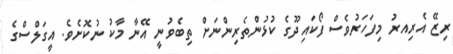
ރިޒޭ އެރިއރު މިފަހަރުވެސް ފޯކައިދޫގެ ކުޅުންތެރިންނަށް ތިބެވުނީ އޭނާ މާކު ނުކޮށެވެ. އީގަލްސްގެ